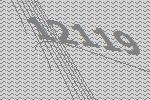
12119